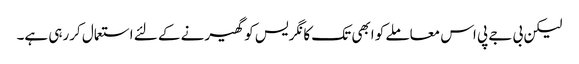
لیکن بی جے پی اس معاملے کو ابھی تک کانگریس کو گھیرنے کے لئے استعمال کررہی ہے۔